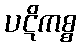
ပဋိကစ္စ